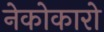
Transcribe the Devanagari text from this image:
नेकोकारो